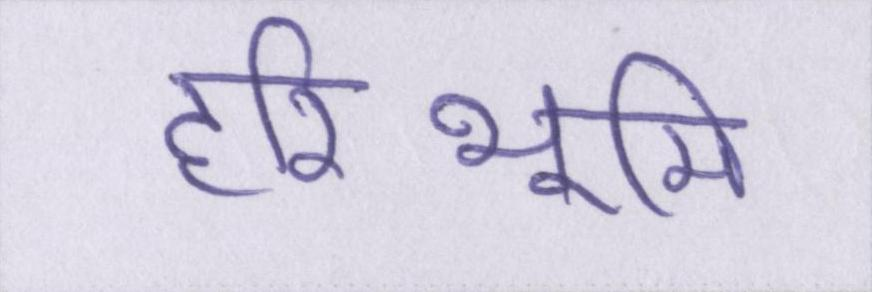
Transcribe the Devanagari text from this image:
हरिभूमि